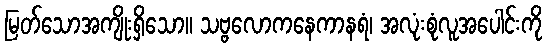
မြတ်သောအကျိုးရှိသော။ သဗ္ဗလောကနေကာနရံ၊ အလုံးစုံလူအပေါင်းကို